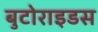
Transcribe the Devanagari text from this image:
बुटोराइडस